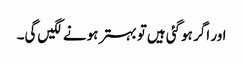
اور اگر ہوگئی ہیں‌تو بہتر ہونے لگیں‌گی۔